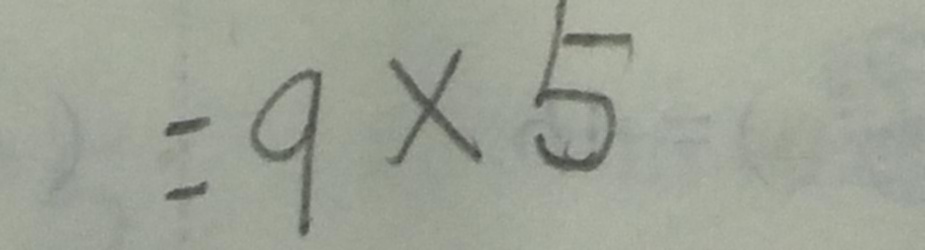
= 9 \times 5